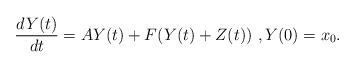
LaTeX: \begin{align*}\frac{dY(t)}{dt}=AY(t)+F(Y(t)+Z(t))~,Y(0)=x_0.\end{align*}